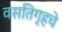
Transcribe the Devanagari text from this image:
वसतिगृहचे